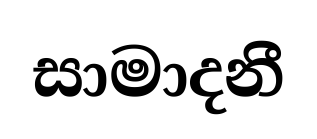
සාමාදනී